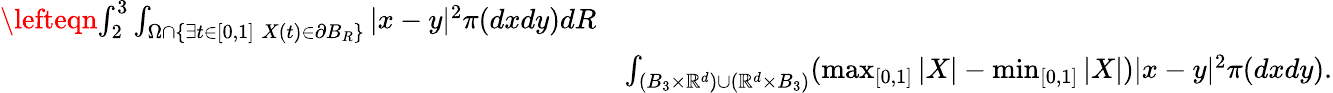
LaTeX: \begin{array}{rl}{\lefteqn{\int_{2}^{3}\int_{\Omega\cap\{ \exists t\in[0,1]\; X(t)\in\partial B_{R}\} }|x-y|^{2}\pi(dxdy)dR}}\\ &{\le\int_{(B_{3}\times\mathbb{R}^{d})\cup(\mathbb{R}^{d}\times B_{3})}(\operatorname*{max}_{[0,1]}|X|-\operatorname*{min}_{[0,1]}|X|)|x-y|^{2}\pi(dxdy).}\end{array}